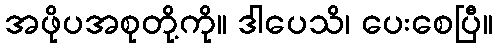
အဖိုပအစုတို့ကို။ ဒါပေသိ၊ ပေးစေပြီ။